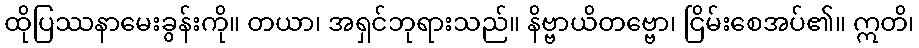
ထိုပြဿနာမေးခွန်းကို။ တယာ၊ အရှင်ဘုရားသည်။ နိဗ္ဗာယိတဗ္ဗော၊ ငြိမ်းစေအပ်၏။ ဣတိ၊